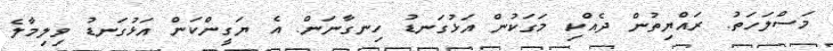
މަސްލަހަތު. ރައްޔިތުން ދެއްކި މަގަކުން އަަޅުގަނޑު ހިނގާނަން. އެ ޔަގީންކަން އަޅުގަނޑު ވިލިމާލެ